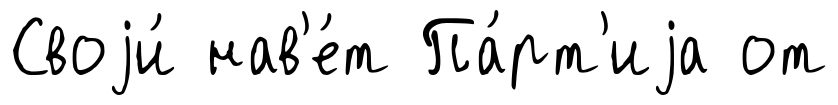
Своjи́ нав'е́т Па́рт'иjа от